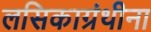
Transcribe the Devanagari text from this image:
लसिकाग्रंथीना